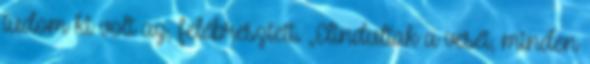
tudom ki volt az, felébresztett. „Elindultak a veséi, minden